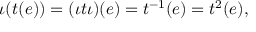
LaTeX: \iota ( t ( e ) ) = ( \iota t \iota ) ( e ) = t ^ { - 1 } ( e ) = t ^ { 2 } ( e ) ,